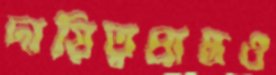
দায়িত্বপ্রাপ্তও